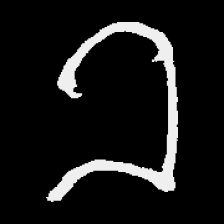
Pyu character \u2014 Myanmar letter: ခ (romanized: kha)